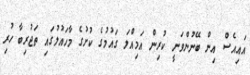
އައިއެސް އިން ބޭނުންވަނީ ކުރިން އަމިއްލަ ގައުމުގެ ކުށުގެ މާހައުލުގައި ތަޖުރިބާ ހުރި